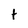
Character: t